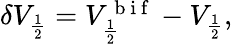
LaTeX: \begin{array}{r}{\delta V_{\frac{1}{2}}=V_{\frac{1}{2}}^{\mathrm{~b~i~f~}}-V_{\frac{1}{2}},}\end{array}